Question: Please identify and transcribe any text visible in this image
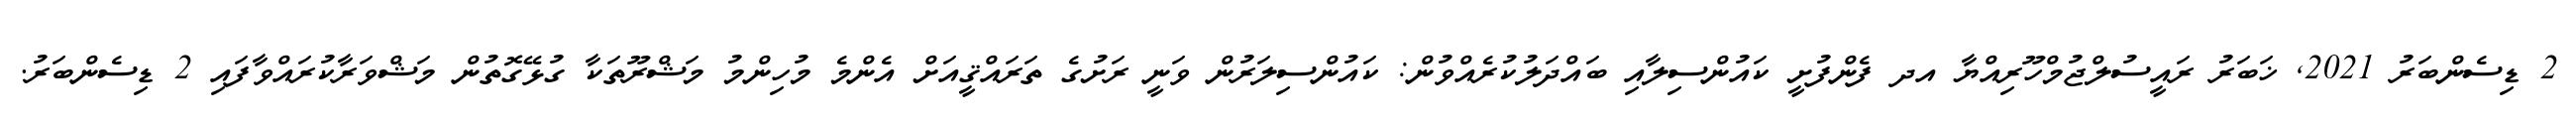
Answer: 2 ޑިސެންބަރު 2021, ޚަބަރު ރައީސުލްޖުމްހޫރިއްޔާ އދ ފެންފުށީ ކައުންސިލާއި ބައްދަލުކުރެއްވުން: ކައުންސިލަރުން ވަނީ ރަށުގެ ތަރައްޤީއަށް އެންމެ މުހިންމު މަޝްރޫތަކާ ގުޅޭގޮތުން މަޝްވަރާކުރައްވާފައި 2 ޑިސެންބަރު.